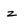
Character: z